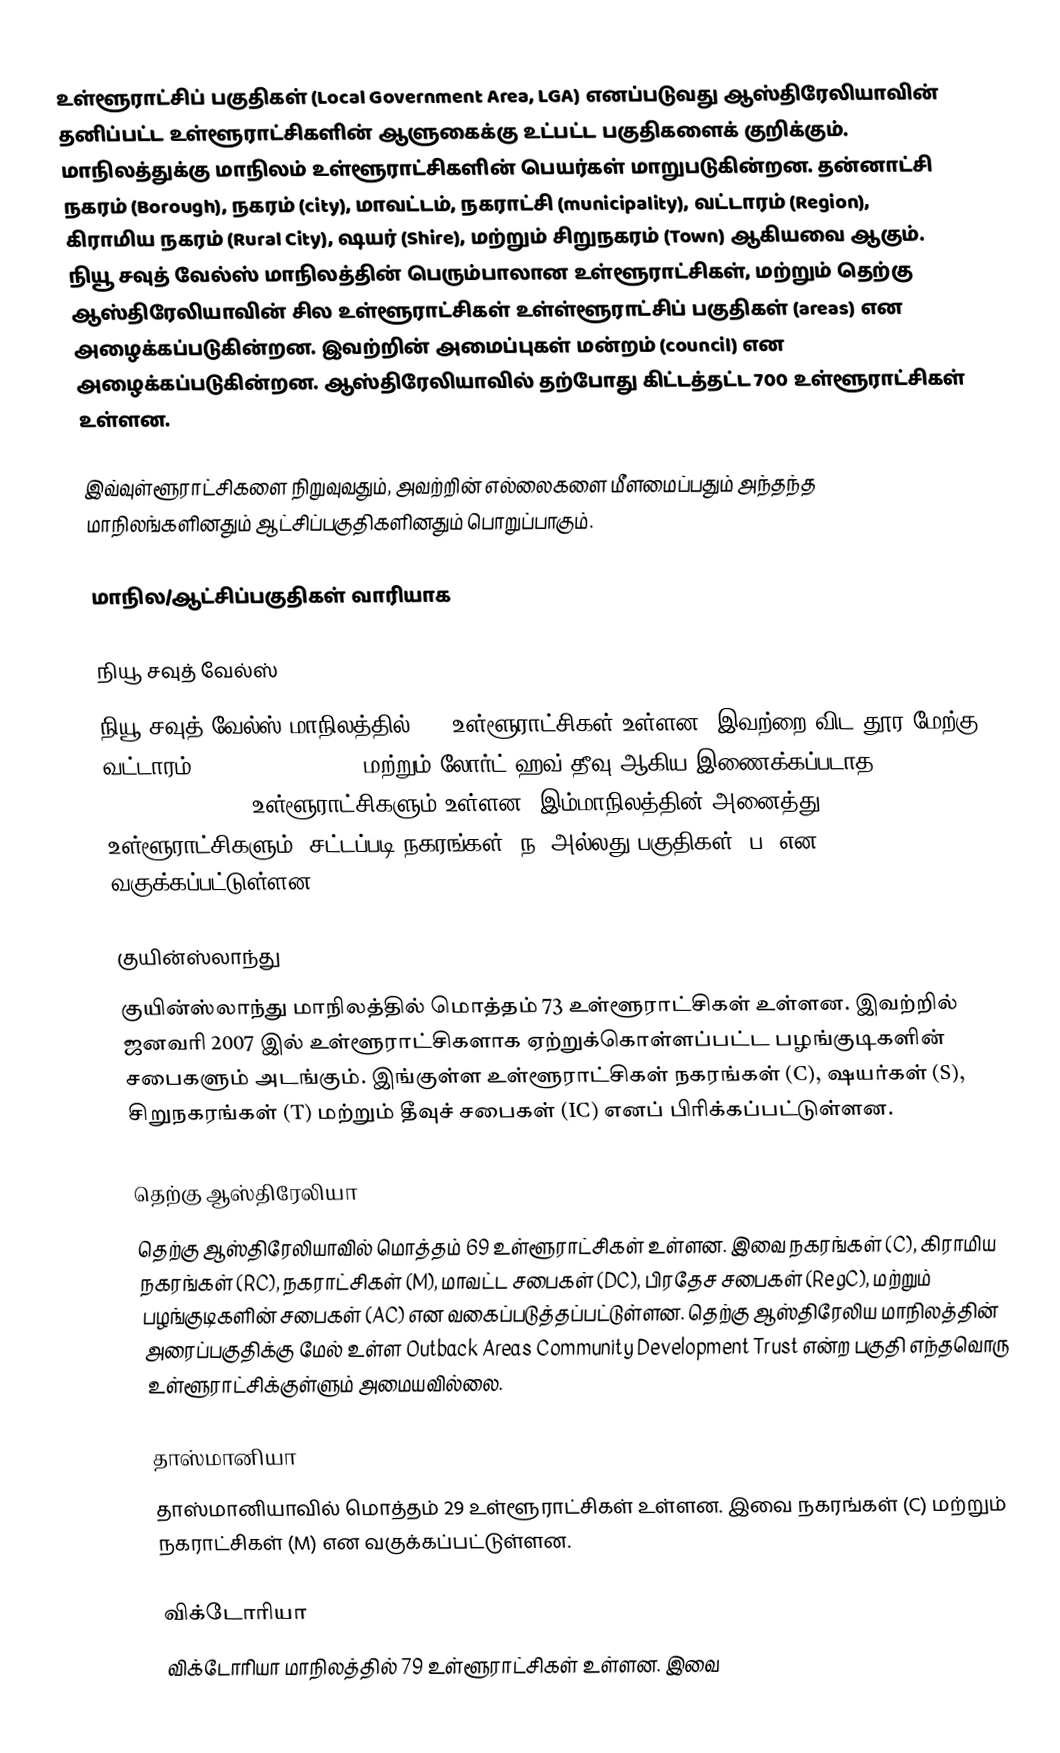
உள்ளூராட்சிப் பகுதிகள் (Local Government Area, LGA) எனப்படுவது ஆஸ்திரேலியாவின் தனிப்பட்ட உள்ளூராட்சிகளின் ஆளுகைக்கு உட்பட்ட பகுதிகளைக் குறிக்கும். மாநிலத்துக்கு மாநிலம் உள்ளூராட்சிகளின் பெயர்கள் மாறுபடுகின்றன. தன்னாட்சி நகரம் (Borough), நகரம் (city), மாவட்டம், நகராட்சி (municipality), வட்டாரம் (Region), கிராமிய நகரம் (Rural City), ஷயர் (Shire), மற்றும் சிறுநகரம் (Town) ஆகியவை ஆகும். நியூ சவுத் வேல்ஸ் மாநிலத்தின் பெரும்பாலான உள்ளூராட்சிகள், மற்றும் தெற்கு ஆஸ்திரேலியாவின் சில உள்ளூராட்சிகள் உள்ள்ளூராட்சிப் பகுதிகள் (areas) என அழைக்கப்படுகின்றன. இவற்றின் அமைப்புகள் மன்றம் (council) என அழைக்கப்படுகின்றன. ஆஸ்திரேலியாவில் தற்போது கிட்டத்தட்ட 700 உள்ளூராட்சிகள் உள்ளன.

இவ்வுள்ளூராட்சிகளை நிறுவுவதும், அவற்றின் எல்லைகளை மீளமைப்பதும் அந்தந்த மாநிலங்களினதும் ஆட்சிப்பகுதிகளினதும் பொறுப்பாகும்.

மாநில/ஆட்சிப்பகுதிகள் வாரியாக

நியூ சவுத் வேல்ஸ்
நியூ சவுத் வேல்ஸ் மாநிலத்தில் 152 உள்ளூராட்சிகள் உள்ளன. இவற்றை விட தூர மேற்கு வட்டாரம் (Far West Region), மற்றும் லோர்ட் ஹவ் தீவு ஆகிய இணைக்கப்படாத (unincorporated) உள்ளூராட்சிகளும் உள்ளன. இம்மாநிலத்தின் அனைத்து உள்ளூராட்சிகளும், சட்டப்படி நகரங்கள் (ந) அல்லது பகுதிகள் (ப) என வகுக்கப்பட்டுள்ளன.

குயின்ஸ்லாந்து
குயின்ஸ்லாந்து மாநிலத்தில் மொத்தம் 73 உள்ளூராட்சிகள் உள்ளன. இவற்றில் ஜனவரி 2007 இல் உள்ளூராட்சிகளாக ஏற்றுக்கொள்ளப்பட்ட பழங்குடிகளின் சபைகளும் அடங்கும். இங்குள்ள உள்ளூராட்சிகள் நகரங்கள் (C), ஷயர்கள் (S), சிறுநகரங்கள் (T) மற்றும் தீவுச் சபைகள் (IC) எனப் பிரிக்கப்பட்டுள்ளன.

தெற்கு ஆஸ்திரேலியா
தெற்கு ஆஸ்திரேலியாவில் மொத்தம் 69 உள்ளூராட்சிகள் உள்ளன. இவை நகரங்கள் (C), கிராமிய நகரங்கள் (RC), நகராட்சிகள் (M), மாவட்ட சபைகள் (DC), பிரதேச சபைகள் (RegC), மற்றும் பழங்குடிகளின் சபைகள் (AC) என வகைப்படுத்தப்பட்டுள்ளன. தெற்கு ஆஸ்திரேலிய மாநிலத்தின் அரைப்பகுதிக்கு மேல் உள்ள Outback Areas Community Development Trust என்ற பகுதி எந்தவொரு உள்ளூராட்சிக்குள்ளும் அமையவில்லை.

தாஸ்மானியா
தாஸ்மானியாவில் மொத்தம் 29 உள்ளூராட்சிகள் உள்ளன. இவை நகரங்கள் (C) மற்றும் நகராட்சிகள் (M) என வகுக்கப்பட்டுள்ளன.

விக்டோரியா
விக்டோரியா மாநிலத்தில் 79 உள்ளூராட்சிகள் உள்ளன. இவை